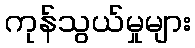
ကုန်သွယ်မှုများ